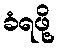
ခံရဖို့